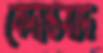
বেদান্তবাদ